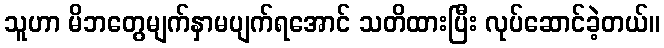
သူဟာ မိဘတွေမျက်နှာမပျက်ရအောင် သတိထားပြီး လုပ်ဆောင်ခဲ့တယ်။